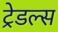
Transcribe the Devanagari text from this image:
ट्रेडल्स